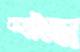
কটেজে